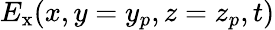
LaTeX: E_{\mathrm{x}}(x,y=y_{p},z=z_{p},t)